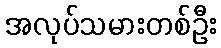
အလုပ်သမားတစ်ဦး